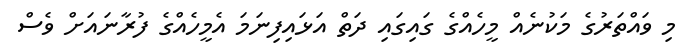
މި ވައްތަރުގެ މަކުނެއް މީހެއްގެ ގައިގައި ދަތް އަޅައިފިނަމަ އެމީހެއްގެ ފުރާނައަށް ވެސް